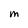
Character: m